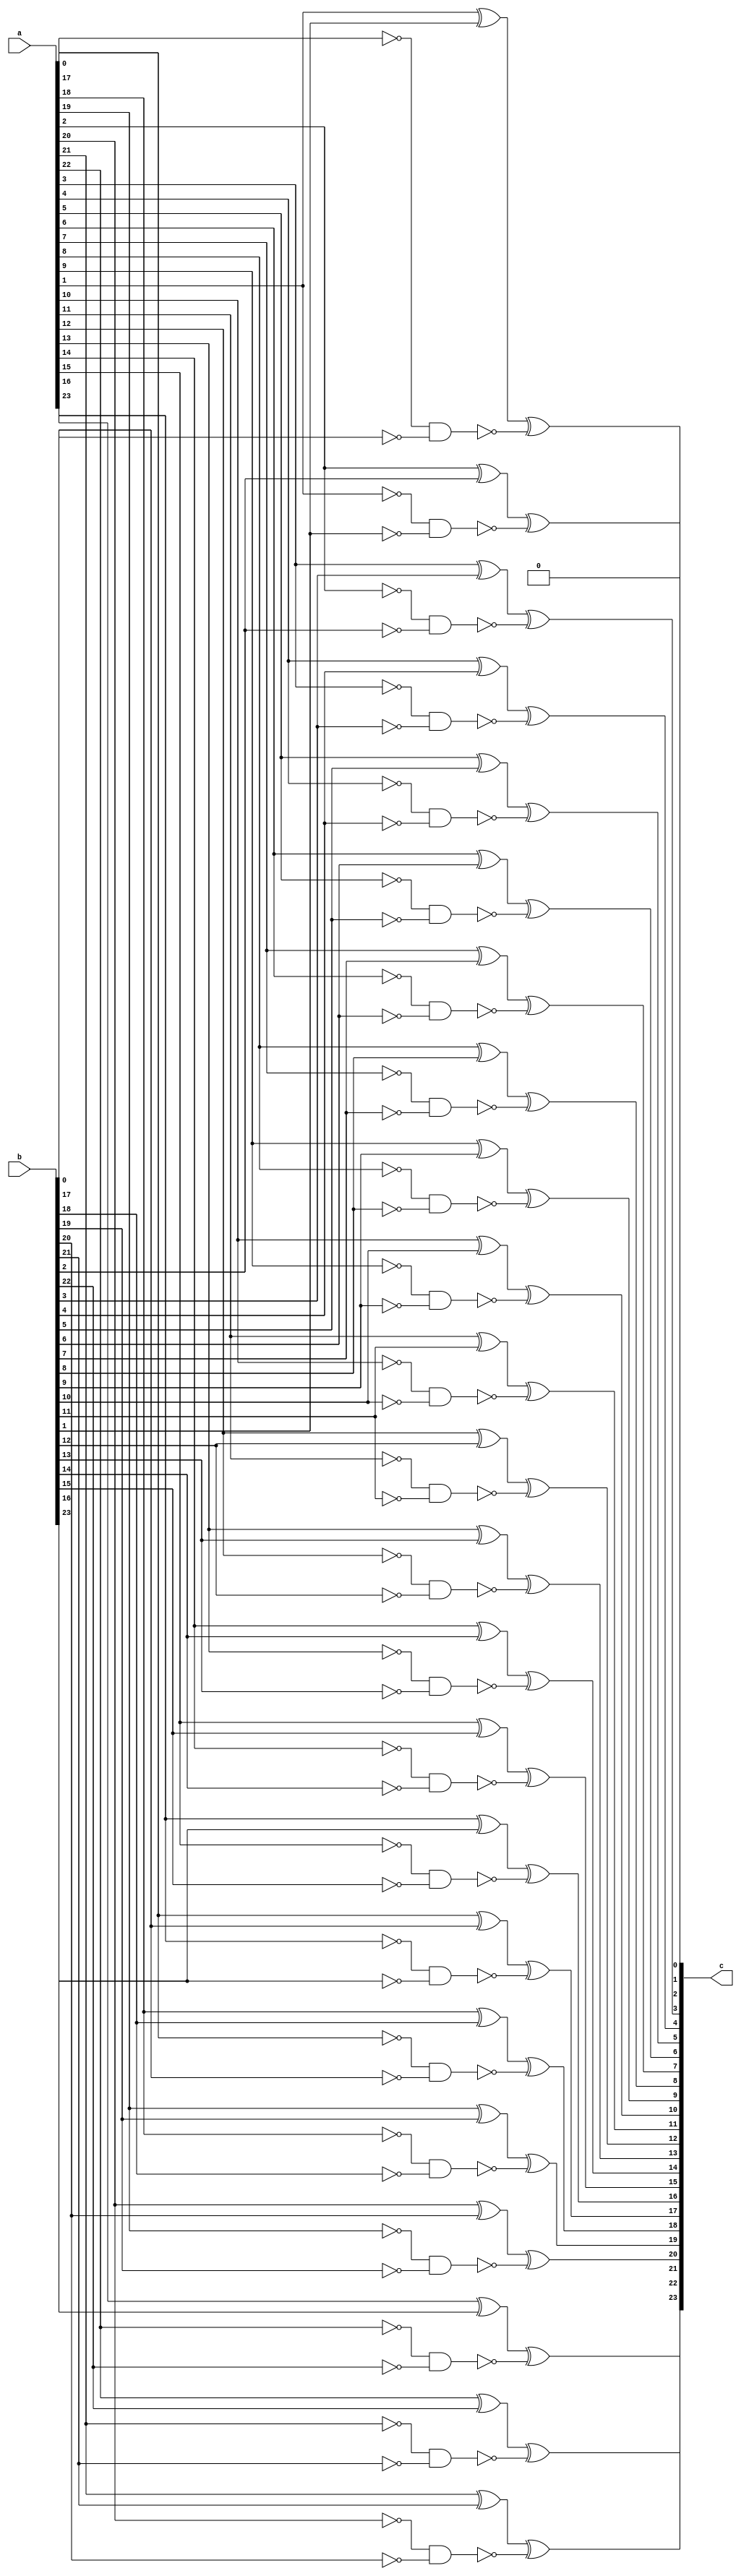
/*
 * Copyright (c) 2023-2024 C*Core Technology Co.,Ltd,Suzhou.
 * Ventus-RTL is licensed under Mulan PSL v2.
 * You can use this software according to the terms and conditions of the Mulan PSL v2.
 * You may obtain a copy of Mulan PSL v2 at:
 *          http://license.coscl.org.cn/MulanPSL2
 * THIS SOFTWARE IS PROVIDED ON AN "AS IS" BASIS, WITHOUT WARRANTIES OF ANY KIND,
 * EITHER EXPRESS OR IMPLIED, INCLUDING BUT NOT LIMITED TO NON-INFRINGEMENT,
 * MERCHANTABILITY OR FIT FOR A PARTICULAR PURPOSE.
 * See the Mulan PSL v2 for more details. */
// Description: Leading zero anticipation

`timescale 1ns/1ns

module lza #(
  parameter LEN = 24
)(
  input  [LEN-1:0] a ,
  input  [LEN-1:0] b ,
  output [LEN-1:0] c
);
  
  wire [LEN-1:0] p;
  wire [LEN-1:0] k;

  assign p[0] = a[0] ^ b[0]      ;
  assign k[0] = (!a[0]) & (!b[0]);
  assign c[0] = 1'b0             ;

  genvar i;
  generate for(i=1;i<LEN;i=i+1) begin: CARRY
    assign p[i] = a[i] ^ b[i]      ;
    assign k[i] = (!a[i]) & (!b[i]);
    assign c[i] = p[i] ^ (!k[i-1]) ;
  end
  endgenerate

endmodule